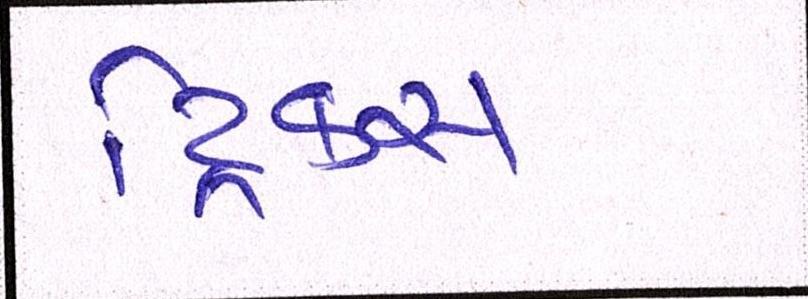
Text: ટ્રિક્સ